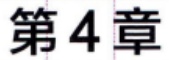
第4章